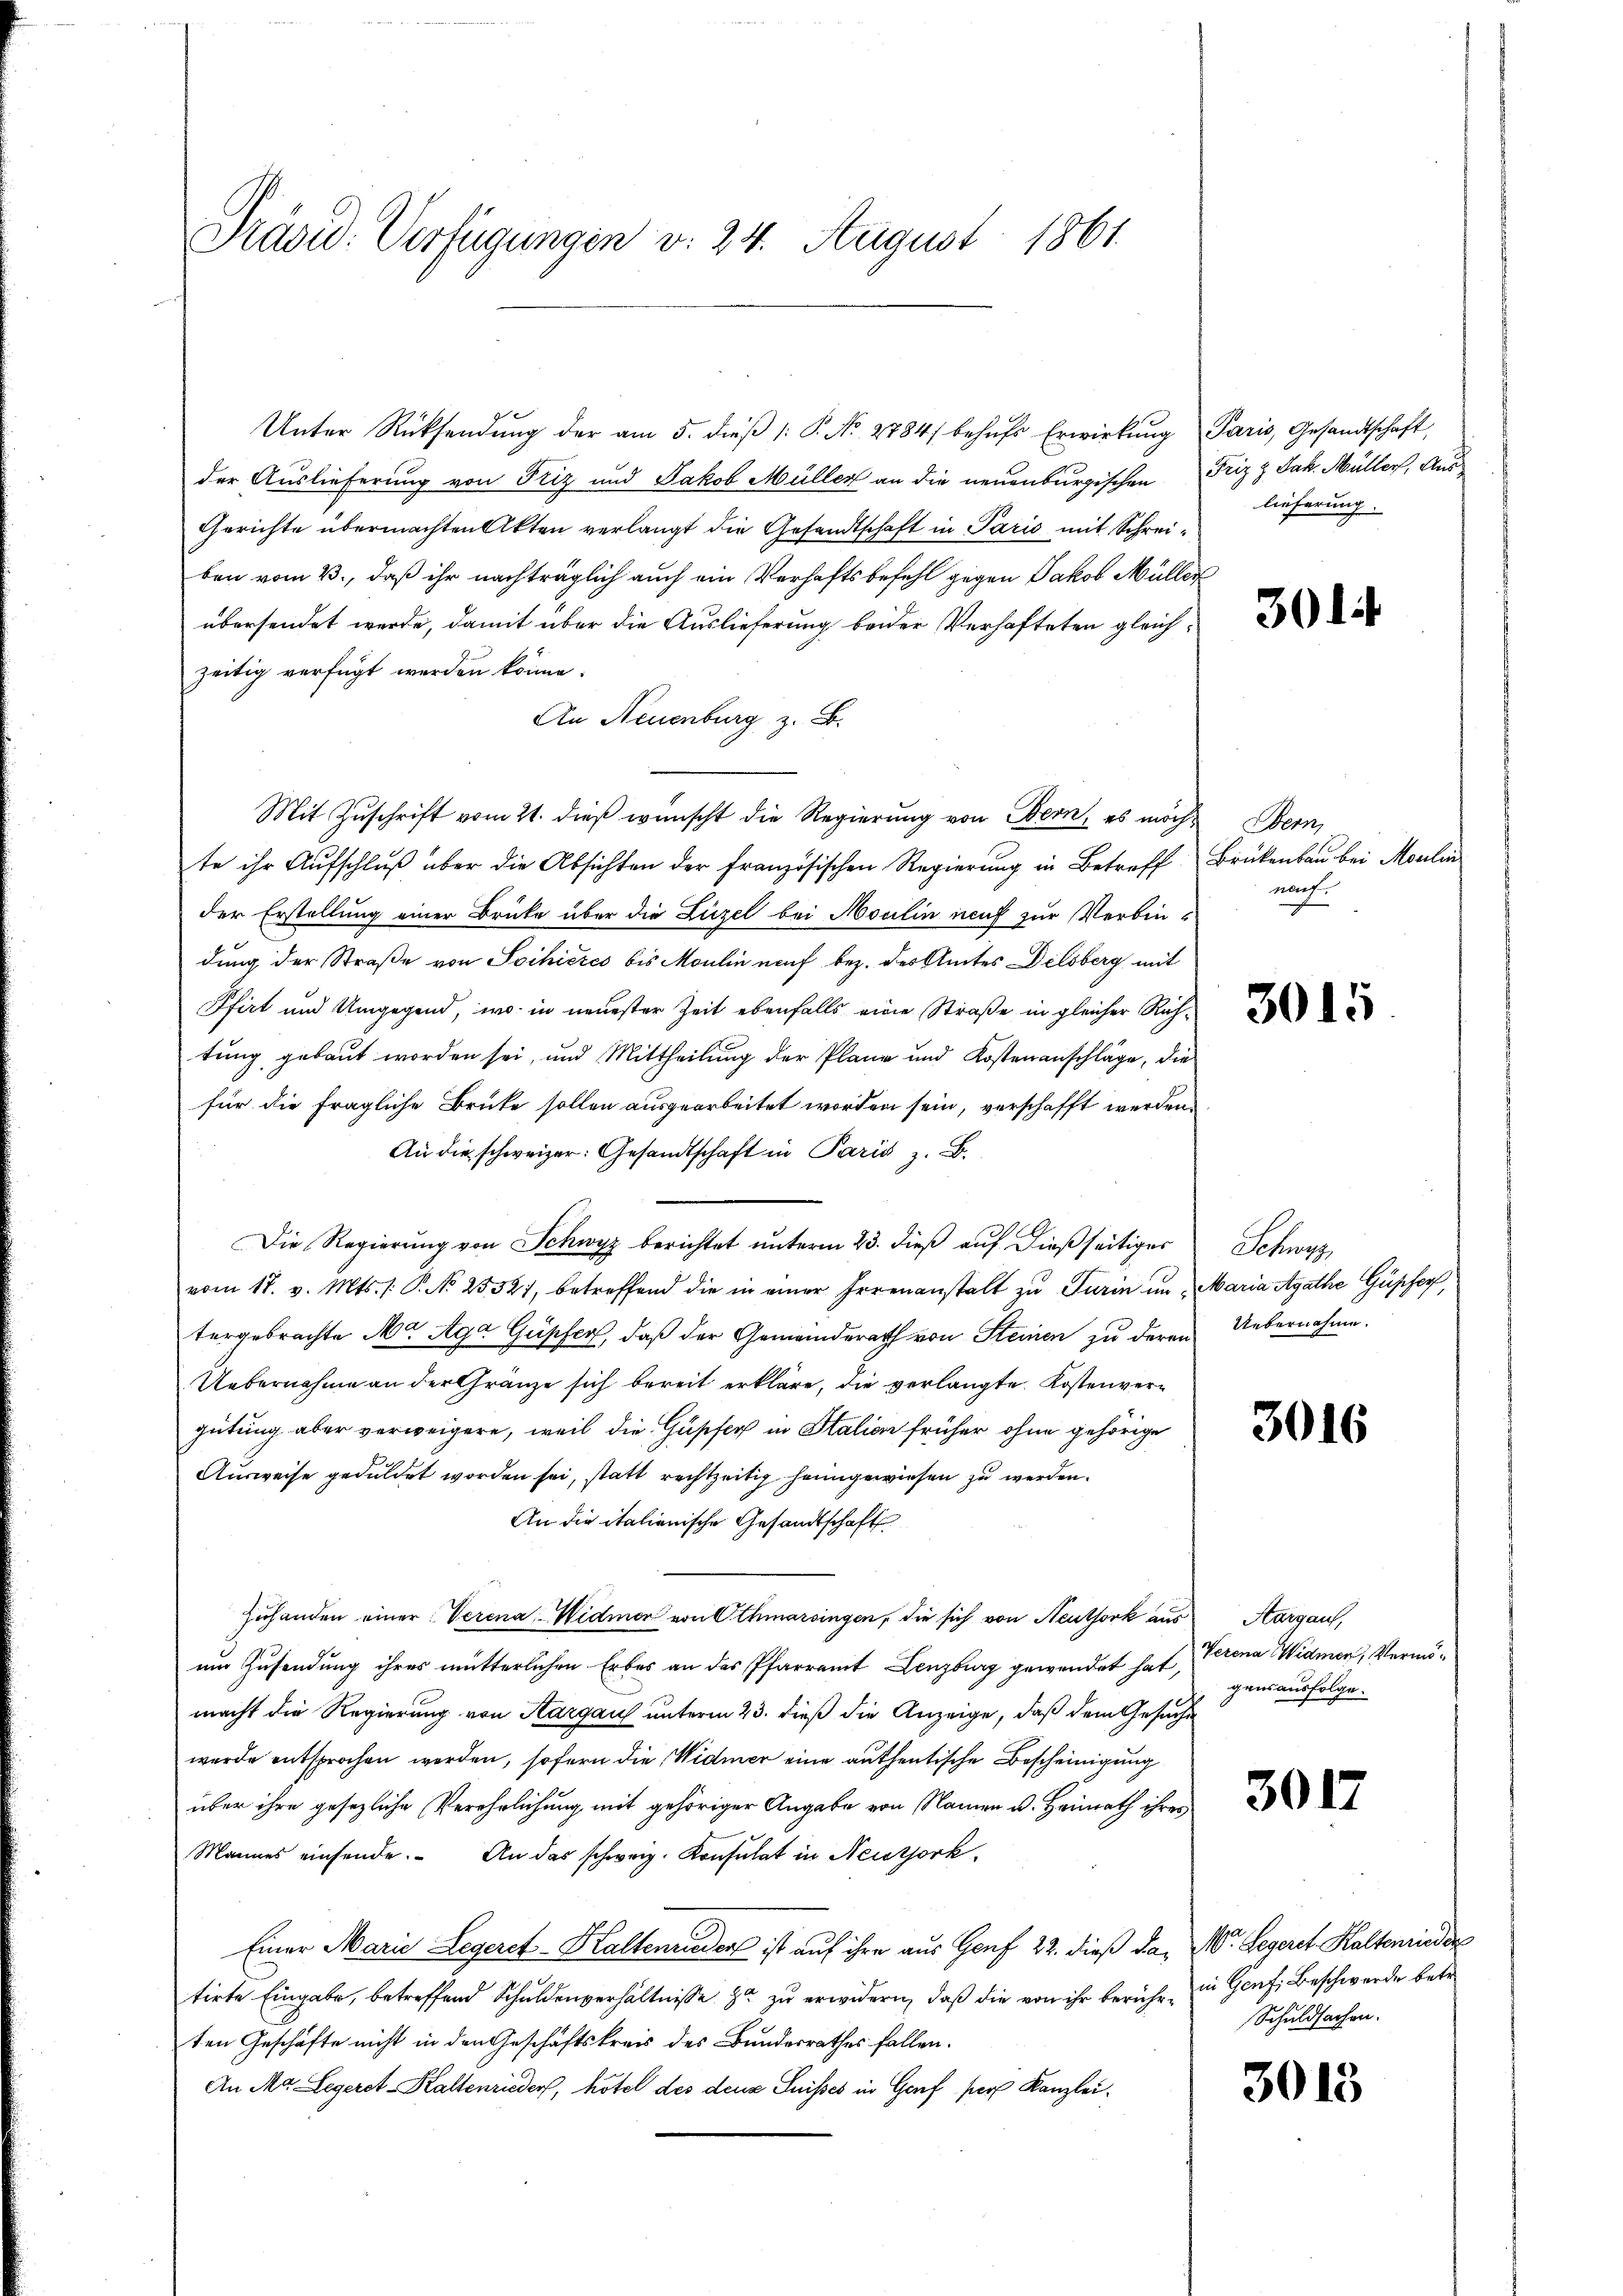
Präsid. Verfügungen v. 24. August 1861.

Unter Rücksendŭng der am 5. dieβ |: P. Nr. 2784/ behŭfs Erwirkung Paris, Gesandtschaft,
der Auslieferung von Friz und Jakob Müller an die neuenburgischen
Gerichte übermachten Akten verlangt die Gesandtschaft in Paris mit Schreiben vom 3., daß ihr nachträglich auch ein Verhaftsbefehl gegen Jakob Müller
übersendet werde, damit über die Auslieferung beider Verhafteten gleichzeitig verfügt werden könne.
An Neuenburg z. B.
Mit Zuschrift vom 21. dieß wünscht die Regierung von Bern, es möchte ihr Aŭfschlŭβ über die Absichten der französischen Regierung in Betreff
der Erstellung einer Brücke über die Liezel bei Moulin neuf zur Verbindung der Straße von Soihieres bis Moulin nauf bez. des Amtes Delsberg mit
Pfirt und Umgegend, wo in neuester Zeit ebenfalls eine Straße in gleicher Richtung gebaut worden sei, und Mittheilung der Plane und Kostenanschläge, die
für die fragliche Brüke sollen ausgearbeitet worden sein, verschafft werden.
An die schweizer: Gesandtschaft in Paris z. B.
Die Regierŭng von Schwyz berichtet ŭnterm 23. dieβ aŭf dießseitiges
vom 17. v. Mts. (: P. No 25521, betreffend die in einer Irrenanstalt zu Turin untergebrachte Mr Aga Güpfer, daß der Gemeinderath von Steinen zu deren
Uebernahme an der Gränze sich bereit erkläre, die verlangte Kostenvergütung aber verweigere, weil die Güsifer in Italien früher ohne gehörige
Ausweise geduldet worden sei, statt rechtzeitig heimgewiesen zu werden.
An die italienische Gesandtschaft
Zuhanden einer Verena Widmer von Othmarsingen, die sich von Neuthork aus
um Zusendung ihres mutterlichen Erbes an das Pfarrent Lenzburg gewendet hat,
macht die Regierung von Aargau unterm 23. dieß die Anzeige, daß dem Gesucht
wurde entsprochen werden, sofern die Widmer eine authentische Bescheinigung
über ihre gesezliche Verehrlichung mit gehöriger Angabe von Namen u. Heimath ihres
Mannes einsende. An das schweiz. Konsulat in Neutjork
Einer Marie Legeret-Kaltenrieder ist auf ihre aus Genf 22. dieß da, Nr. Legeret. Kaltenrieder
tirte Eingabe, betreffend Schuldenverhältnisse zu zu erwidern, daß die von ihr berührten Geschäfte nicht in den Geschäftskreis des Bundesrathes fallen.
An Mr. Legerst-Kaltenrieder, hotel des deus Suisses in Genf per Kanzlei.

Friz & Jak. Müller, Auslieferung.

301:

Bern,
Brükenbau bei Moulin
nach

3015

Sehns
Maria Agathe Güssen,
Uebernahme.

3016

Aargau,
Verena Widmer, Vermögensausfolge.

301

in Genf, Beschwerde betr.
Schuldsachen.

3013